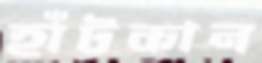
হাঁটকান